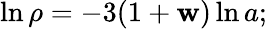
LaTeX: \ln{\rho}=-3(1+\mathbf{w})\ln{a};